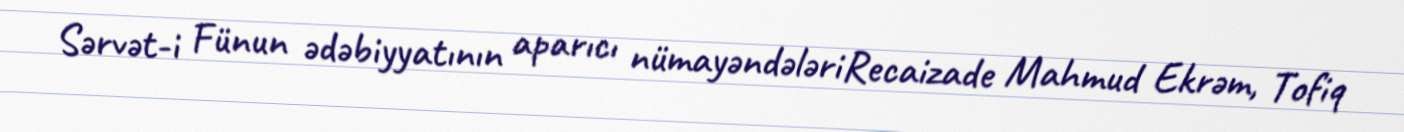
Sərvət-i Fünun ədəbiyyatının aparıcı nümayəndələriRecaizade Mahmud Ekrəm, Tofiq